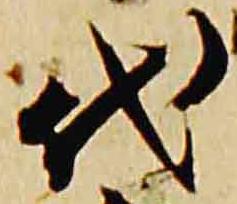
代